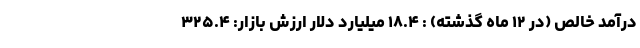
درآمد خالص (در ۱۲ ماه گذشته) : ۱۸.۴ میلیارد دلار ارزش بازار: ۳۲۵.۴